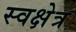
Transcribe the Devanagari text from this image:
स्वक्षेत्र